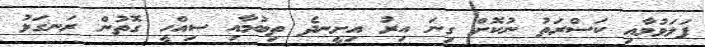
ފަލަވުމާއި ކަސްރަތު ނުކޮށް ގިނަ އިރު އިށީނދެ ތިބުމާއި ސިއްހީ ގޮތުން ރަނގަޅު